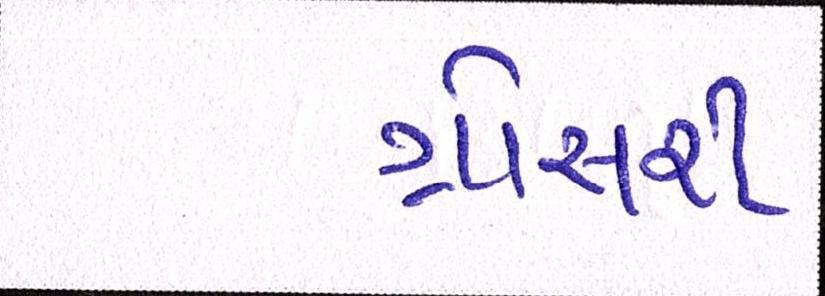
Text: ગ્રોસરી